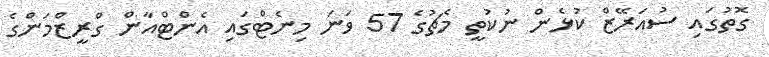
ގޮތުގައި ސުއަރޭޒް ކުޅެން ނުކުތީ މެޗުގެ 57 ވަނަ މިނެޓްގައި އެންޓްއާން ގްރީޒްމަންގެ